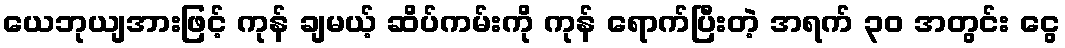
ယေဘုယျအားဖြင့် ကုန် ချမယ့် ဆိပ်ကမ်းကို ကုန် ရောက်ပြီးတဲ့ အရက် ၃၀ အတွင်း ငွေ